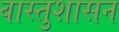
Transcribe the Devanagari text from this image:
वास्तुशासन